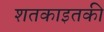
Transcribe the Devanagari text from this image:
शतकाइतकी